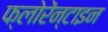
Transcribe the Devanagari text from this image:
फ्लोरेंन्टाइन